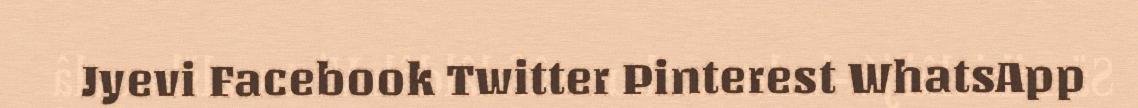
Jyevi Facebook Twitter Pinterest WhatsApp